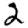
Digit: 2